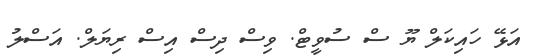
އަޅޭ ހައިކަލް ޔޫ ސް ސުވީޓް. ވިސް ދިސް އިސް ރިޔަލް. އަސްލު